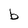
Character: b